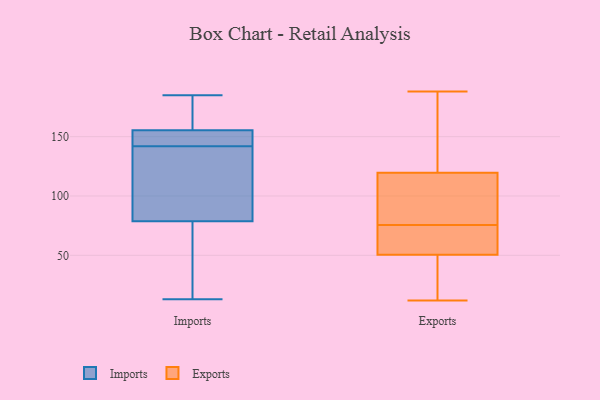
{"axis": {"x": "Backlog", "y": "Value"}, "legend": ["Exports", "Imports"], "data": [{"x": "", "y": 20, "type": "Imports"}, {"x": "", "y": 169, "type": "Imports"}, {"x": "", "y": 142, "type": "Imports"}, {"x": "", "y": 113, "type": "Imports"}, {"x": "", "y": 66, "type": "Imports"}, {"x": "", "y": 184, "type": "Imports"}, {"x": "", "y": 148, "type": "Imports"}, {"x": "", "y": 149, "type": "Imports"}, {"x": "", "y": 119, "type": "Imports"}, {"x": "", "y": 13, "type": "Imports"}, {"x": "", "y": 151, "type": "Imports"}, {"x": "", "y": 83, "type": "Imports"}, {"x": "", "y": 185, "type": "Imports"}, {"x": "", "y": 58, "type": "Exports"}, {"x": "", "y": 188, "type": "Exports"}, {"x": "", "y": 12, "type": "Exports"}, {"x": "", "y": 73, "type": "Exports"}, {"x": "", "y": 158, "type": "Exports"}, {"x": "", "y": 45, "type": "Exports"}, {"x": "", "y": 78, "type": "Exports"}, {"x": "", "y": 122, "type": "Exports"}, {"x": "", "y": 117, "type": "Exports"}, {"x": "", "y": 91, "type": "Exports"}, {"x": "", "y": 107, "type": "Exports"}, {"x": "", "y": 51, "type": "Exports"}, {"x": "", "y": 60, "type": "Exports"}, {"x": "", "y": 15, "type": "Exports"}, {"x": "", "y": 141, "type": "Exports"}, {"x": "", "y": 50, "type": "Exports"}]}